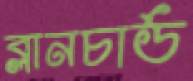
ব্লানচার্ড